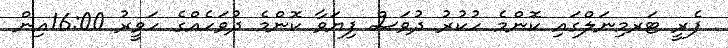
ފެރީ ޓަރމިނަލްގައި ކޮންމެ ހުކުރު ދުވަސް ފިޔަވާ ކޮންމެ ދުވަހެއްގެ ހަވީރު 16:00އިން